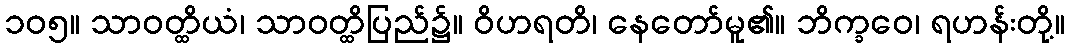
၁၀၅။ သာဝတ္ထိယံ၊ သာဝတ္ထိပြည်၌။ ဝိဟရတိ၊ နေတော်မူ၏။ ဘိက္ခဝေ၊ ရဟန်းတို့။